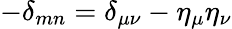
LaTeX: -\delta_{mn}=\delta_{\mu\nu}-\eta_{\mu}\eta_{\nu}